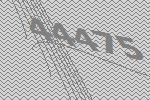
44475